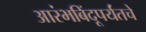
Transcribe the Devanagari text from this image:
आरंभबिंदूपर्यंतचे